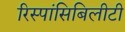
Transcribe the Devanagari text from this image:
रिस्पांसिबिलीटी